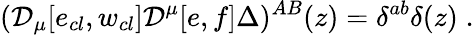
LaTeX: ({\cal D}_{\mu}[e_{cl},w_{cl}]{\cal D}^{\mu}[e,f]\Delta)^{AB}(z)=\delta^{ab}\delta(z)\; .